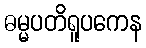
ဓမ္မပတိရူပကေန